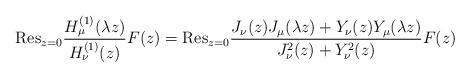
LaTeX: \begin{align*}{\mathrm{Res}}_{z=0}\frac{H^{(1)}_{\mu }(\lambda z)}{H^{(1)}_{\nu }(z)}F(z)={\mathrm{Res}}_{z=0}\frac{J_\nu (z)J_\mu (\lambda z)+Y_\nu (z)Y_\mu (\lambda z)}{J_\nu ^2(z)+Y_\nu ^2(z)}F(z)\end{align*}